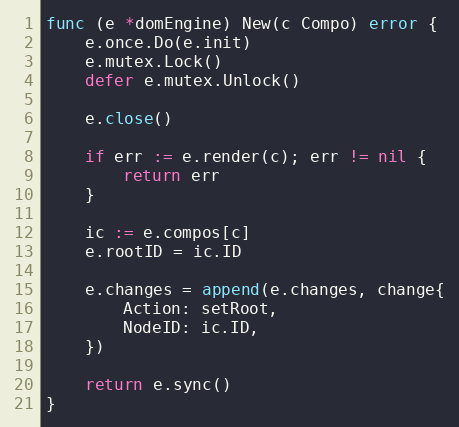
Language: Go
func (e *domEngine) New(c Compo) error {
	e.once.Do(e.init)
	e.mutex.Lock()
	defer e.mutex.Unlock()

	e.close()

	if err := e.render(c); err != nil {
		return err
	}

	ic := e.compos[c]
	e.rootID = ic.ID

	e.changes = append(e.changes, change{
		Action: setRoot,
		NodeID: ic.ID,
	})

	return e.sync()
}